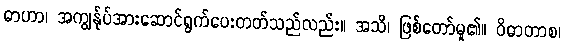
ဓာဟာ၊ အကျွန်ုပ်အားဆောင်ရွက်ပေးတတ်သည်လည်း။ အသိ၊ ဖြစ်တော်မူ၏။ ဝိဓာတာစ၊